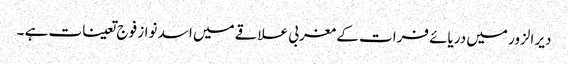
دیر الزور میں دریائے فرات کے مغربی علاقے میں اسد نواز فوج تعینات ہے ۔